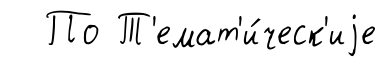
По Т'емат'и́ческ'иjе